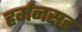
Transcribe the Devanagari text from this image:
हर्मनसह